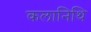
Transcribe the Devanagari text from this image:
कलानिथि